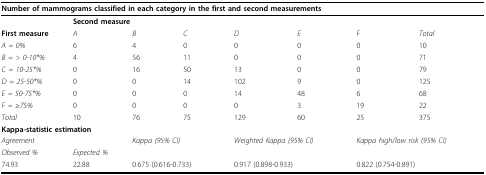
<table><thead><tr><td colspan="8"><b>Number of mammograms classified in each category in the first and second measurements</b></td></tr></thead><tbody><tr><td></td><td colspan="7"><b>Second measure</b></td></tr><tr><td><b>First measure</b></td><td><i>A</i></td><td><i>B</i></td><td><i>C</i></td><td><i>D</i></td><td><i>E</i></td><td><i>F</i></td><td><i>Total</i></td></tr><tr><td><i>A = 0%</i></td><td>6</td><td>4</td><td>0</td><td>0</td><td>0</td><td>0</td><td>10</td></tr><tr><td><i>B = &gt; 0-10*%</i></td><td>4</td><td>56</td><td>11</td><td>0</td><td>0</td><td>0</td><td>71</td></tr><tr><td><i>C = 10-25*%</i></td><td>0</td><td>16</td><td>50</td><td>13</td><td>0</td><td>0</td><td>79</td></tr><tr><td><i>D = 25-50*%</i></td><td>0</td><td>0</td><td>14</td><td>102</td><td>9</td><td>0</td><td>125</td></tr><tr><td><i>E = 50-75*%</i></td><td>0</td><td>0</td><td>0</td><td>14</td><td>48</td><td>6</td><td>68</td></tr><tr><td><i>F = </i>≥<i>75%</i></td><td>0</td><td>0</td><td>0</td><td>0</td><td>3</td><td>19</td><td>22</td></tr><tr><td><i>Total</i></td><td>10</td><td>76</td><td>75</td><td>129</td><td>60</td><td>25</td><td>375</td></tr><tr><td colspan="8"><b>Kappa-statistic estimation</b></td></tr><tr><td colspan="2"><i>Agreement</i></td><td colspan="2"><i>Kappa (95% CI)</i></td><td colspan="2"><i>Weighted Kappa (95% CI)</i></td><td colspan="2"><i>Kappa high/low risk (95% CI)</i></td></tr><tr><td><i>Observed %</i></td><td><i>Expected %</i></td><td></td><td></td><td></td><td></td><td></td><td></td></tr><tr><td>74.93</td><td>22.88</td><td colspan="2">0.675 (0.616-0.733)</td><td colspan="2">0.917 (0.898-0.933)</td><td colspan="2">0.822 (0.754-0.891)</td></tr></tbody></table>